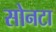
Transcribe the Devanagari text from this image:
सोनटा